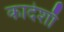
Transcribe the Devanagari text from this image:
कादेशाँ